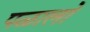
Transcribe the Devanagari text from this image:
पळालो